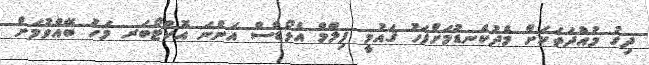
ދިގު މުއްދަތަކަށް މެދުކެނޑުމަށްފަހު ޤައުމީ ފިލްމް އެވޯޑްސް އަންނަ އޮކްޓޯބަރ މަހު ބޭއްވުމަށް